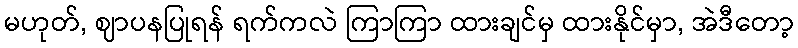
မဟုတ်, ဈာပနပြုရန် ရက်ကလဲ ကြာကြာ ထားချင်မှ ထားနိုင်မှာ, အဲဒီတော့